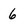
Character: 6